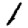
Digit: 1